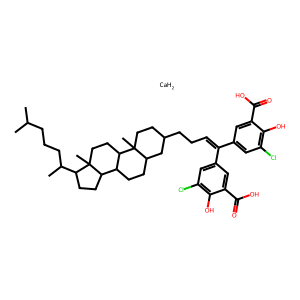
SMILES: CC(C)CCCC(C)C1CCC2C3CCC4CC(CCC=C(c5cc(Cl)c(O)c(C(=O)O)c5)c5cc(Cl)c(O)c(C(=O)O)c5)CCC4(C)C3CCC12C.[CaH2]
Inhibits HIV replication: No